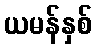
ယမန်နှစ်